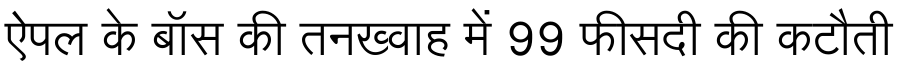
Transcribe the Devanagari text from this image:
ऐपल के बॉस की तनख्वाह में 99 फीसदी की कटौती